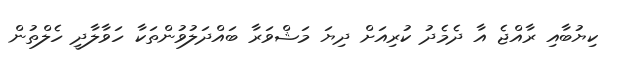
ކިޔުބާއި ރާއްޖެ އާ ދެމެދު ކުރިއަށް ދިޔަ މަޝްވަރާ ބައްދަލުވުންތަކާ ހަވާލާދީ ހެލްތުން